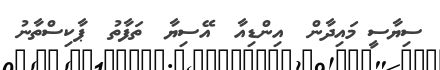
ސިޔާސީ މައިދާން  އިންޑިއާ  އޭސިޔާ  ތަފާތު  ޕާކިސްތާނު